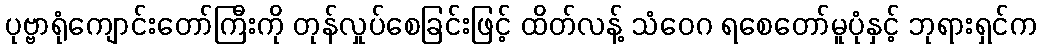
ပုဗ္ဗာရုံကျောင်းတော်ကြီးကို တုန်လှုပ်စေခြင်းဖြင့် ထိတ်လန့် သံဝေဂ ရစေတော်မူပုံနှင့် ဘုရားရှင်က